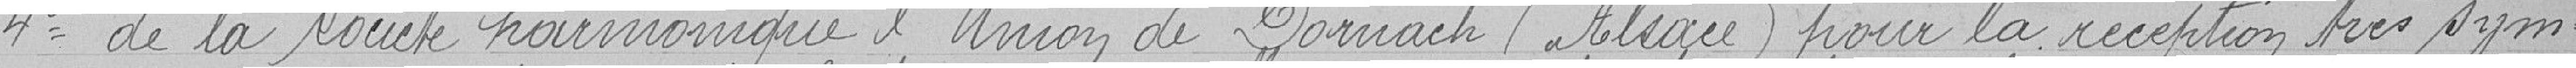
Quatrième de la Société harmonique de l'Union de Dornack (Alsace) pour la réception très sym-